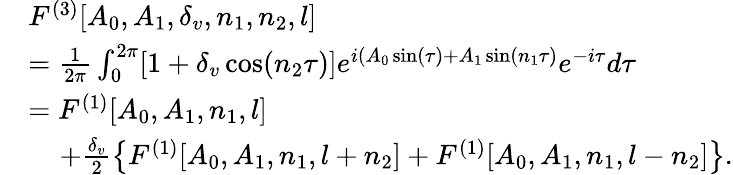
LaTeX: \begin{array}{rl}&{F^{(3)}[A_{0},A_{1},\delta_{v},n_{1},n_{2},l]}\\ &{=\frac{1}{2\pi}\int_{0}^{2\pi}[1+\delta_{v}\cos(n_{2}\tau)]e^{i(A_{0}\sin(\tau)+A_{1}\sin(n_{1}\tau)}e^{-i\tau}d\tau}\\ &{=F^{(1)}[A_{0},A_{1},n_{1},l]}\\ &{\; \; \; \; +\frac{\delta_{v}}{2}\bigl\{ F^{(1)}[A_{0},A_{1},n_{1},l+n_{2}]+F^{(1)}[A_{0},A_{1},n_{1},l-n_{2}]\bigl\} .}\end{array}